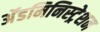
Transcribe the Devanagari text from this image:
अॅडमिनिस्ट्रेशन